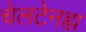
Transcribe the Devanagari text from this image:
चेलटेनह्म